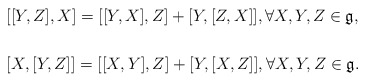
\begin{align*}&[[Y,Z],X]=[[Y,X],Z]+[Y,[Z,X]],\forall X,Y,Z\in \mathfrak{g},\\\cr&[X,[Y,Z]]=[[X,Y],Z]+[Y,[X,Z]],\forall X,Y,Z\in \mathfrak{g}.\end{align*}